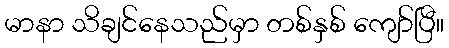
မာနာ သိချင်နေသည်မှာ တစ်နှစ် ကျော်ပြီ။